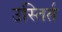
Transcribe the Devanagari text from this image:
उस्तिर्त